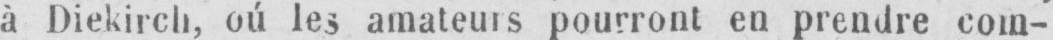
à Diekirch, oú les amateurs pourront en prendre com-